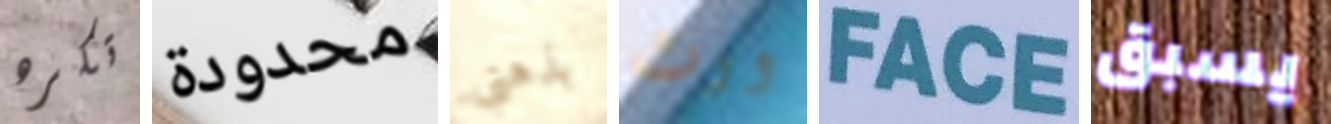
تكره محدودة بذهني ورث FACE يسبق